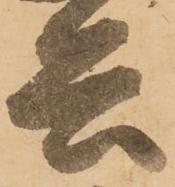
兵